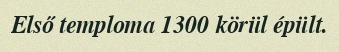
Első temploma 1300 körül épült.